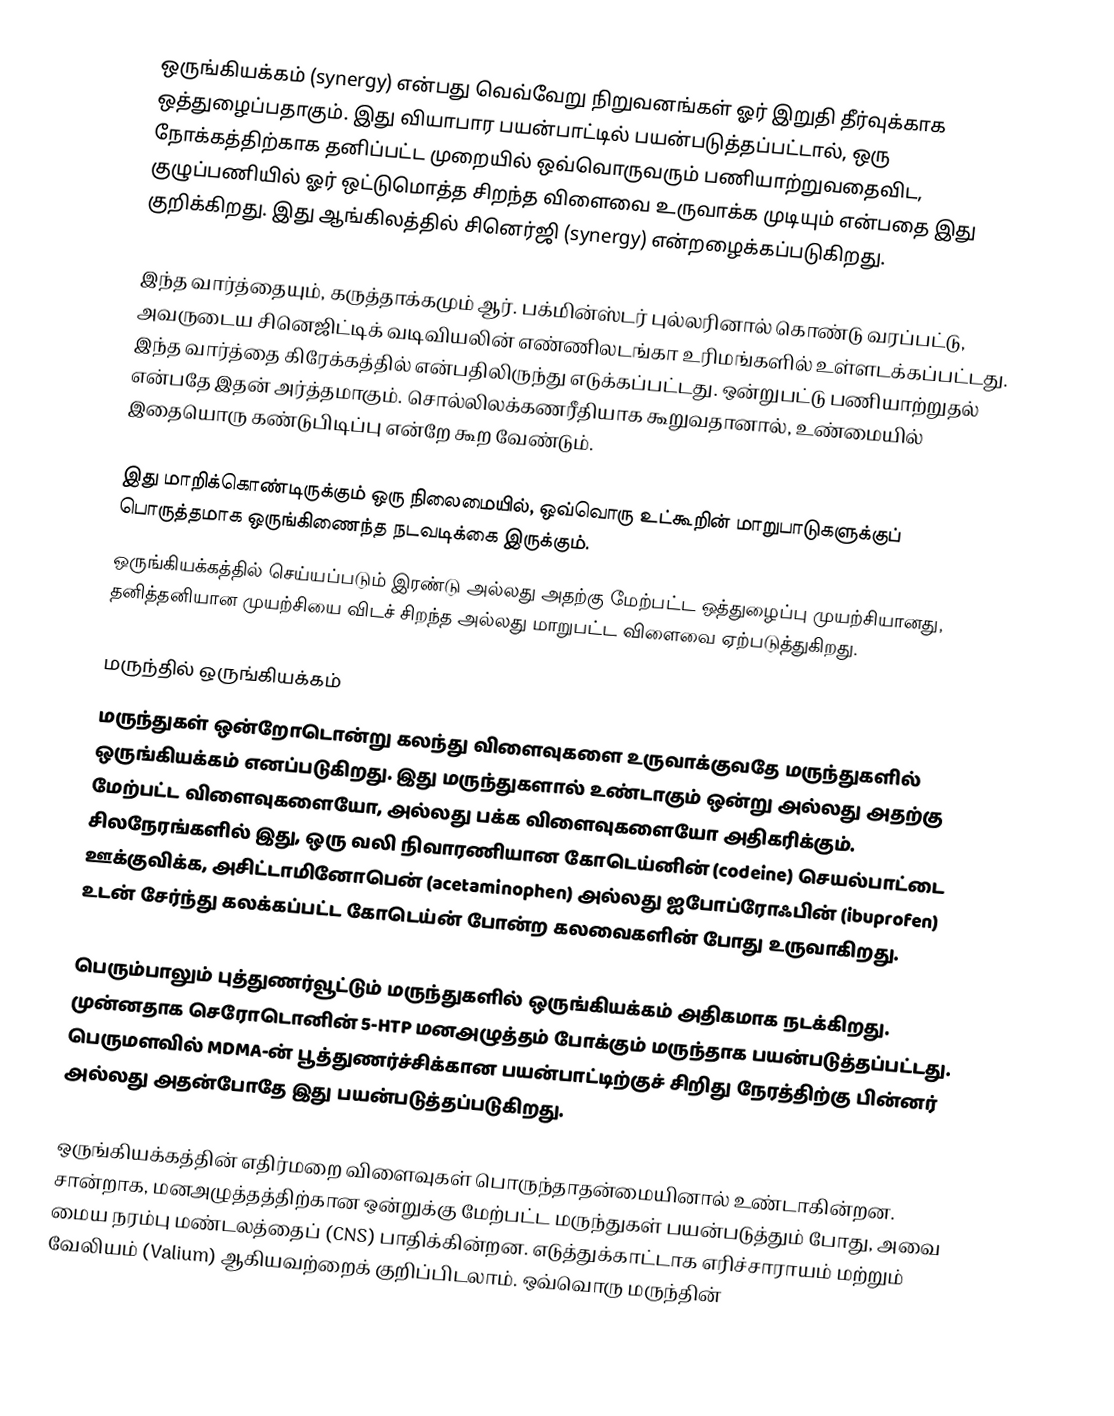
ஒருங்கியக்கம் (synergy) என்பது வெவ்வேறு நிறுவனங்கள் ஓர் இறுதி தீர்வுக்காக ஒத்துழைப்பதாகும். இது வியாபார பயன்பாட்டில் பயன்படுத்தப்பட்டால், ஒரு நோக்கத்திற்காக தனிப்பட்ட முறையில் ஒவ்வொருவரும் பணியாற்றுவதைவிட, குழுப்பணியில் ஓர் ஒட்டுமொத்த சிறந்த விளைவை உருவாக்க முடியும் என்பதை இது குறிக்கிறது. இது ஆங்கிலத்தில் சினெர்ஜி (synergy) என்றழைக்கப்படுகிறது.

இந்த வார்த்தையும், கருத்தாக்கமும் ஆர். பக்மின்ஸ்டர் புல்லரினால் கொண்டு வரப்பட்டு, அவருடைய சினெஜிட்டிக் வடிவியலின் எண்ணிலடங்கா உரிமங்களில் உள்ளடக்கப்பட்டது. இந்த வார்த்தை கிரேக்கத்தில்  என்பதிலிருந்து எடுக்கப்பட்டது. ஒன்றுபட்டு பணியாற்றுதல் என்பதே இதன் அர்த்தமாகும். சொல்லிலக்கணரீதியாக கூறுவதானால், உண்மையில் இதையொரு கண்டுபிடிப்பு என்றே கூற வேண்டும்.

 இது மாறிக்கொண்டிருக்கும் ஒரு நிலைமையில், ஒவ்வொரு உட்கூறின் மாறுபாடுகளுக்குப் பொருத்தமாக ஒருங்கிணைந்த நடவடிக்கை இருக்கும்.
 ஒருங்கியக்கத்தில் செய்யப்படும் இரண்டு அல்லது அதற்கு மேற்பட்ட ஒத்துழைப்பு முயற்சியானது, தனித்தனியான முயற்சியை விடச் சிறந்த அல்லது மாறுபட்ட விளைவை ஏற்படுத்துகிறது.

மருந்தில் ஒருங்கியக்கம்
மருந்துகள் ஒன்றோடொன்று கலந்து விளைவுகளை உருவாக்குவதே மருந்துகளில் ஒருங்கியக்கம் எனப்படுகிறது. இது மருந்துகளால் உண்டாகும் ஒன்று அல்லது அதற்கு மேற்பட்ட விளைவுகளையோ, அல்லது பக்க விளைவுகளையோ அதிகரிக்கும். சிலநேரங்களில் இது, ஒரு வலி நிவாரணியான கோடெய்னின் (codeine) செயல்பாட்டை ஊக்குவிக்க, அசிட்டாமினோபென் (acetaminophen) அல்லது ஐபோப்ரோஃபின் (ibuprofen) உடன் சேர்ந்து கலக்கப்பட்ட கோடெய்ன் போன்ற கலவைகளின் போது உருவாகிறது.

பெரும்பாலும் புத்துணர்வூட்டும் மருந்துகளில் ஒருங்கியக்கம் அதிகமாக நடக்கிறது. முன்னதாக செரோடொனின் 5-HTP மனஅழுத்தம் போக்கும் மருந்தாக பயன்படுத்தப்பட்டது. பெருமளவில் MDMA-ன் பூத்துணர்ச்சிக்கான பயன்பாட்டிற்குச் சிறிது நேரத்திற்கு பின்னர் அல்லது அதன்போதே இது பயன்படுத்தப்படுகிறது.

ஒருங்கியக்கத்தின் எதிர்மறை விளைவுகள் பொருந்தாதன்மையினால் உண்டாகின்றன. சான்றாக, மனஅழுத்தத்திற்கான ஒன்றுக்கு மேற்பட்ட மருந்துகள் பயன்படுத்தும் போது, அவை மைய நரம்பு மண்டலத்தைப் (CNS) பாதிக்கின்றன. எடுத்துக்காட்டாக எரிச்சாராயம் மற்றும் வேலியம் (Valium) ஆகியவற்றைக் குறிப்பிடலாம். ஒவ்வொரு மருந்தின்